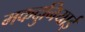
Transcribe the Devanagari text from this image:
मकदुनियाई